Lunatic asylums in Bengal annual reports 1912-1924 - 1912-1924
Year: 1912
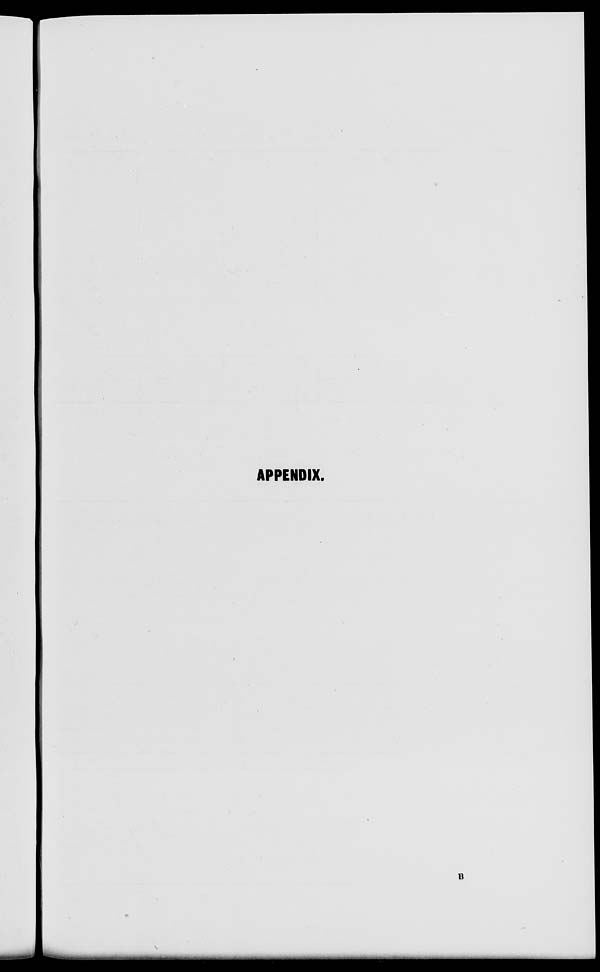
APPENDIX.
B